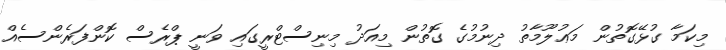
މިކަމާ ގުޅޭގޮތުން މަޢުލޫމާތު ދިނުމުގެ ގޮތުން މިއަދު މިނިސްޓްރީގައި ވަނީ ޕްރެސް ކޮންފަރެންސެއް